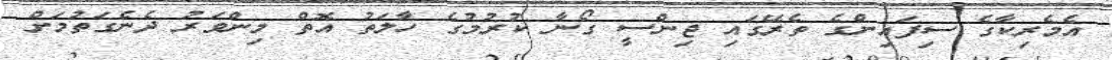
އެމެރިކާގެ ސިފައިންގެ ތެރޭގައި ޖިންސީ ގޯނާ ކުރުމުގެ ހާލަތު އޮތް މިންވަރު ދެނެގަތުމަށް